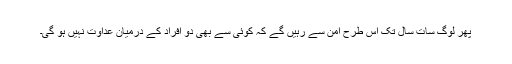
پھر لوگ سات سال تک اِس طرح اَمن سے رہیں گے کہ کوئی سے بھی دو افراد کے درمیان عداوت نہیں ہو گی۔